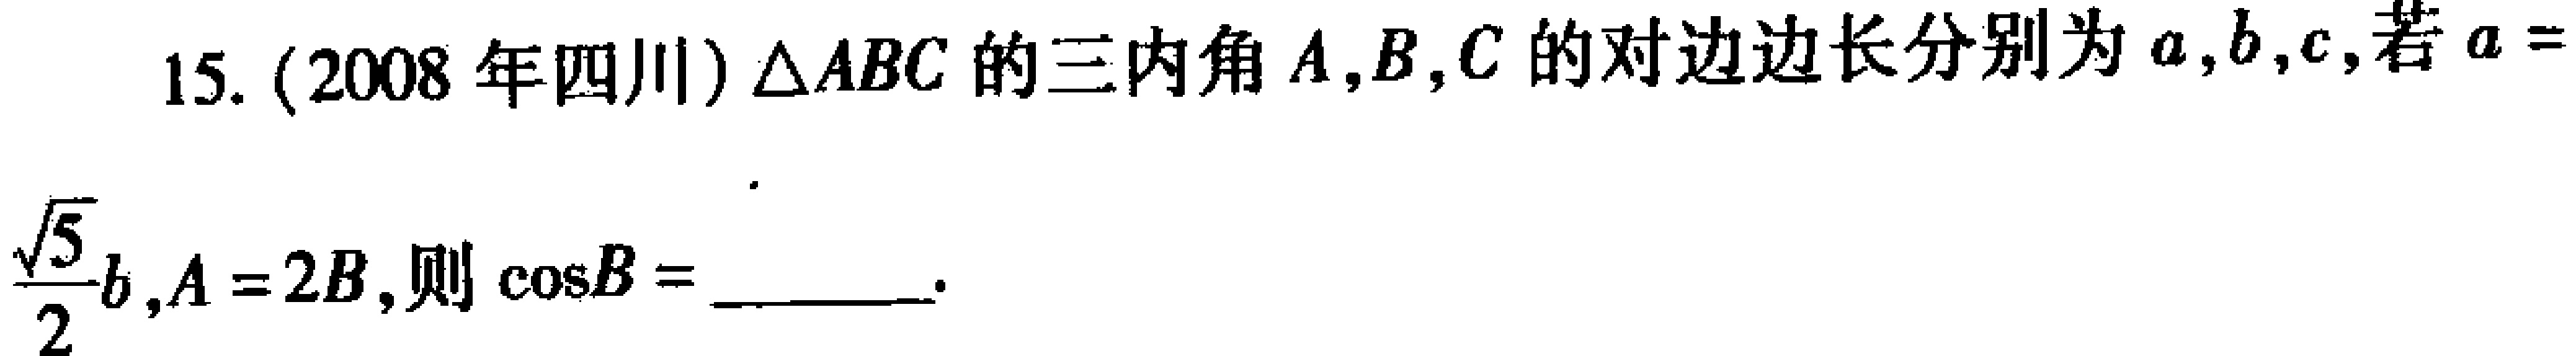
15. (2008年四川) $\triangle ABC$ 的三内角 $A,B,C$ 的对边边长分别为 $a,b,c,$若$a = \dfrac{\sqrt{5}}{2}b,A = 2B,$则 $\cos B =$  .